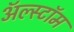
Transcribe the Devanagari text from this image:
ॲल्स्टॉम